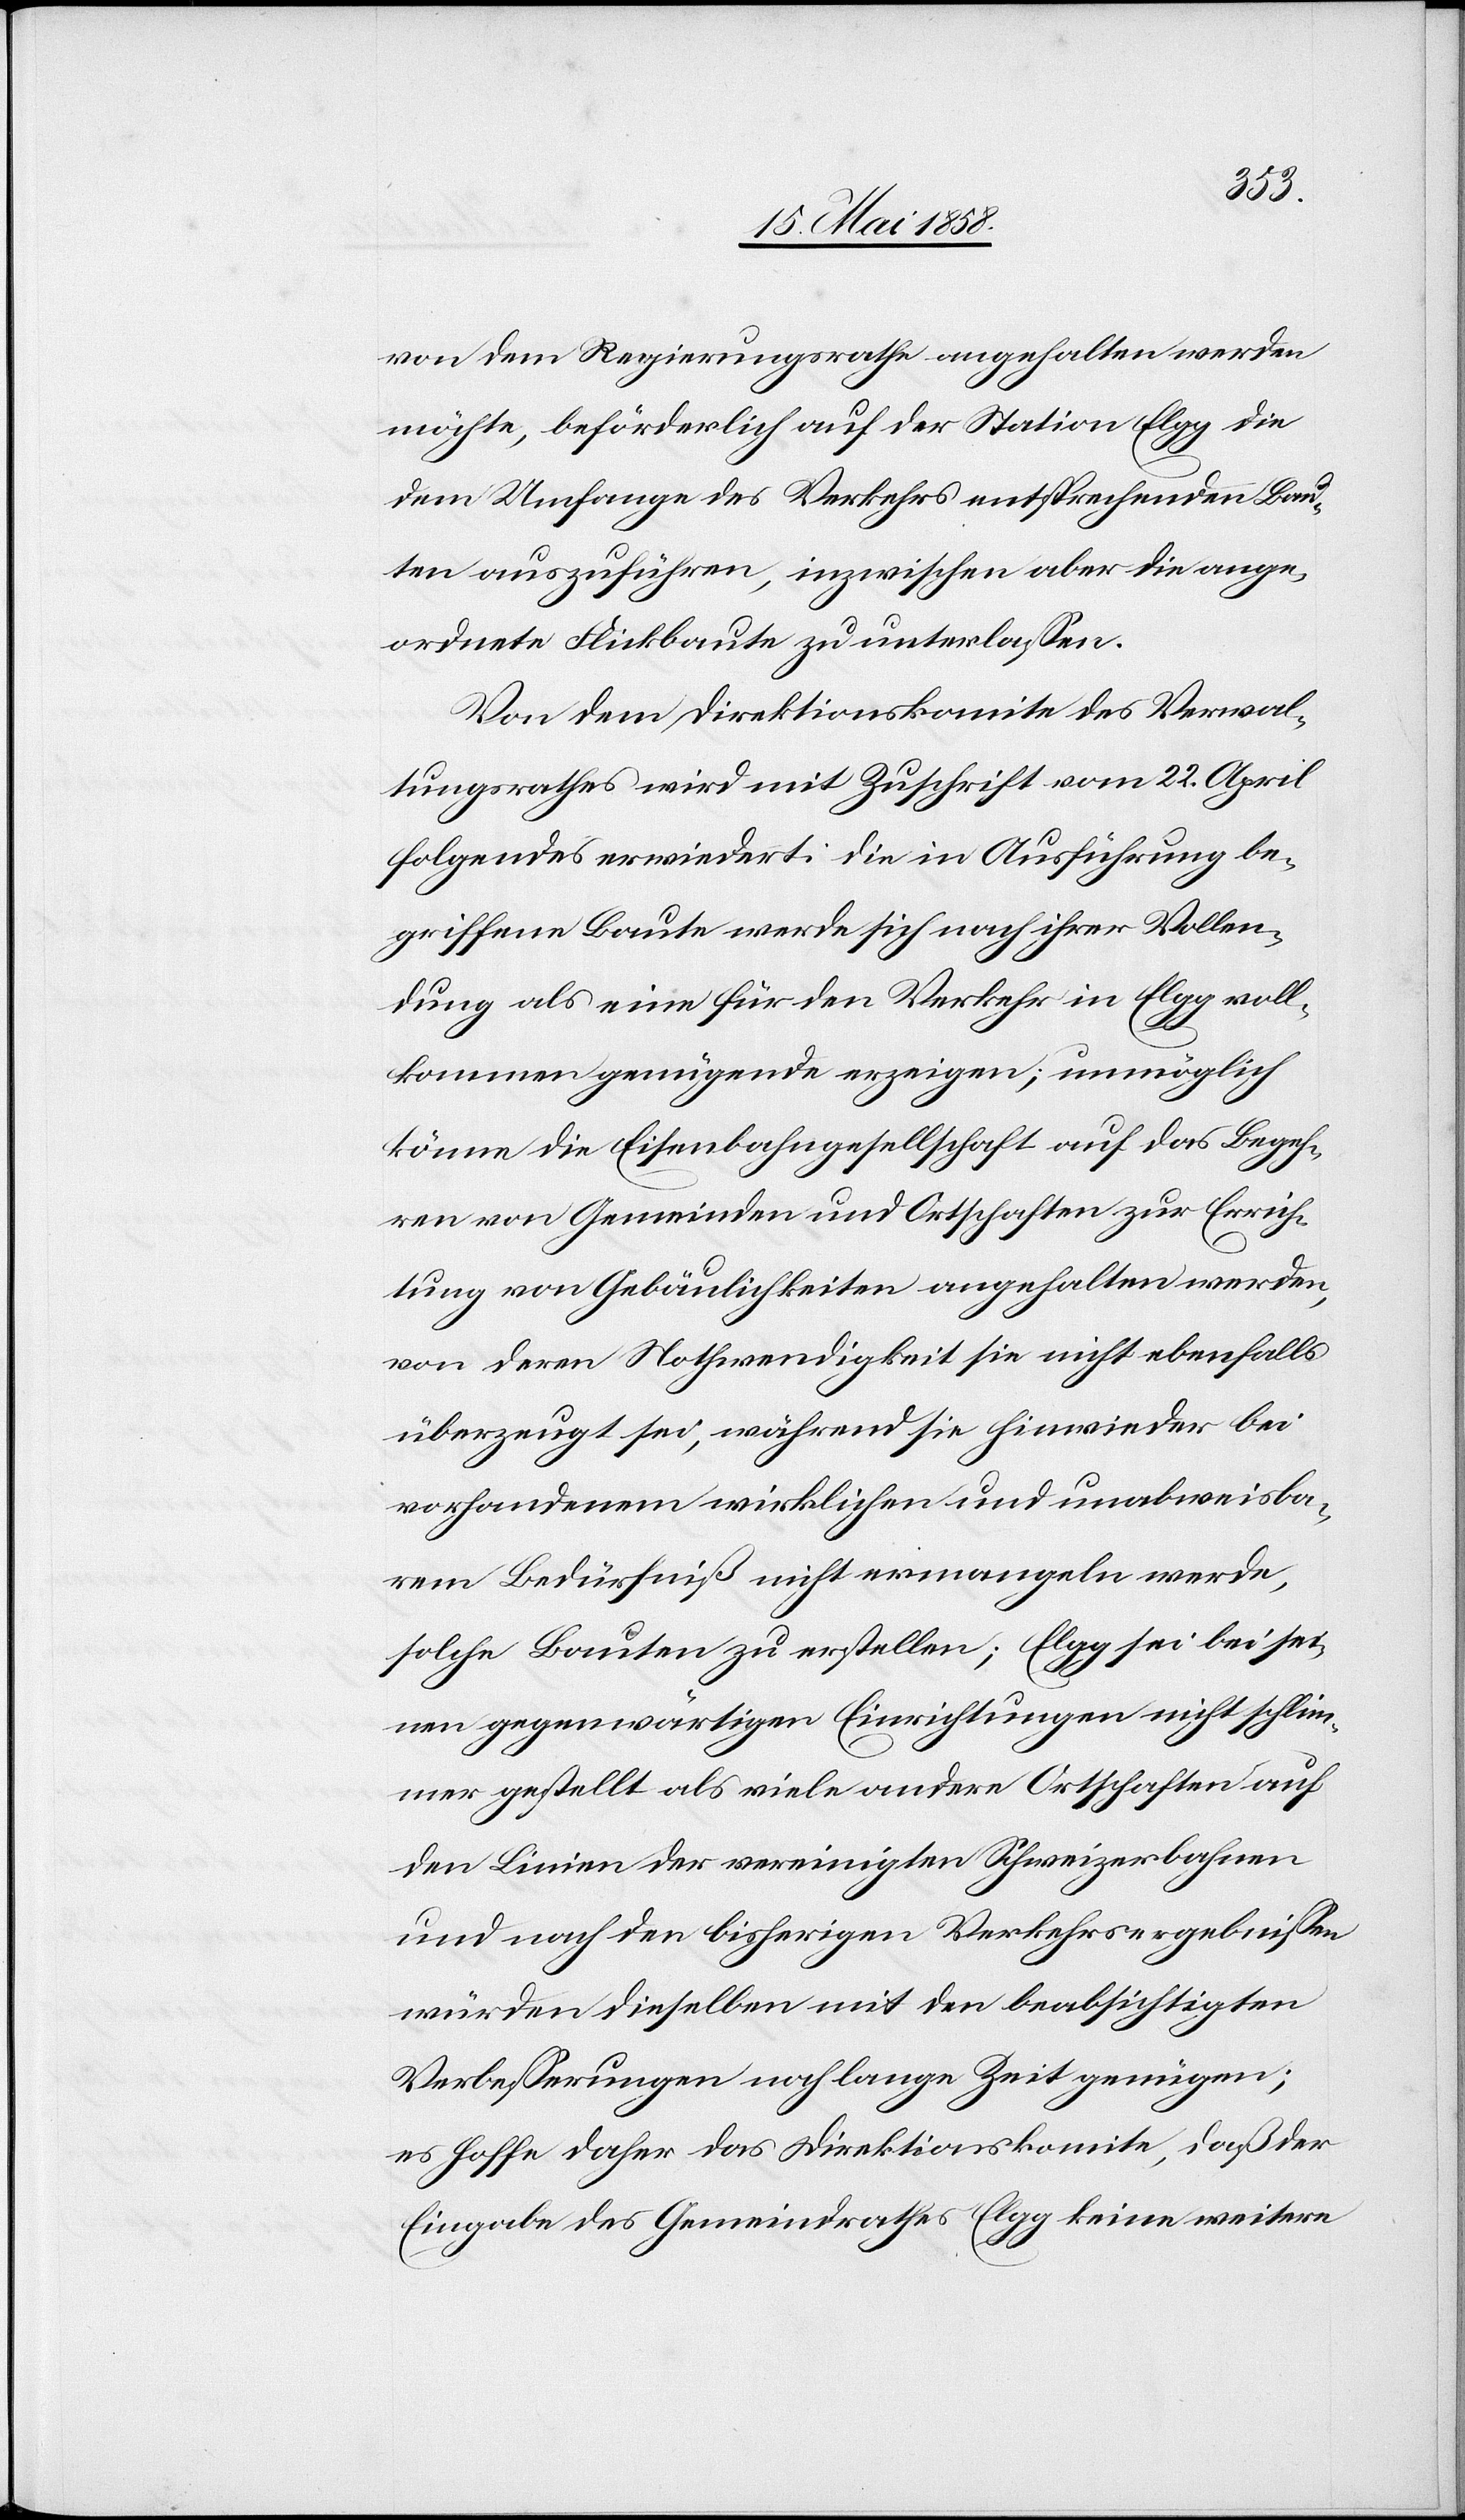
von dem Regierungsrathe angehalten werden
möchte, beförderlich auf der Station Elgg die
dem Umfange des Verkehrs entsprechenden Bau¬
ten auszuführen, inzwischen aber die ange¬
ordnete Flickbaute zu unterlassen.
Von dem Direktionskomite des Verwal¬
tungsrathes wird mit Zuschrift vom 22. April
folgendes erwiedert: die in Ausführung be¬
griffene Baute werde sich nach ihrer Vollen¬
dung als eine für den Verkehr in Elgg voll¬
kommen genügende erzeigen; unmöglich
könne die Eisenbahngesellschaft auf das Begeh¬
ren von Gemeinden und Ortschaften zur Errich¬
tung von Gebäulichkeiten angehalten werden,
von deren Nothwendigkeit sie nicht ebenfalls
überzeugt sei, während sie hinwieder bei
vorhandenem wirklichen und unabweisba¬
rem Bedürfniß nicht ermangeln werde,
solche Bauten zu erstellen; Elgg sei bei sei¬
nen gegenwärtigen Einrichtungen nicht schlim¬
mer gestellt als viele andere Ortschaften auf
den Linien der vereinigten Schweizerbahnen
und nach den bisherigen Verkehrsergebnissen
würden dieselben mit den beabsichtigten
Verbesserungen noch lange Zeit genügen;
es hoffe daher das Direktionskomite, daß der
Eingabe des Gemeindrathes Elgg keine weitere